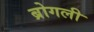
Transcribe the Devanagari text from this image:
ब्रोगली